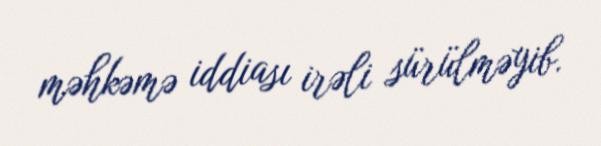
məhkəmə iddiası irəli sürülməyib.